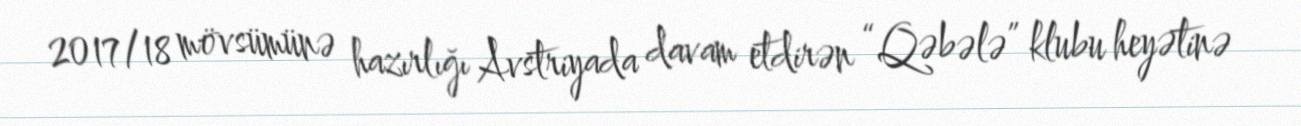
2017/18 mövsümünə hazırlığı Avstriyada davam etdirən “Qəbələ” klubu heyətinə